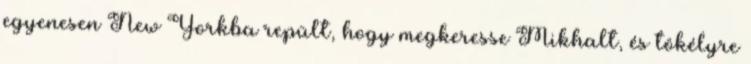
egyenesen New Yorkba repült, hogy megkeresse Mikhalt, és tökélyre